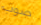
صوب